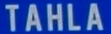
TAHLA